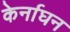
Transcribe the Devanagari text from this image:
केर्नाघन